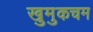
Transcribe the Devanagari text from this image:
खुमुकचम